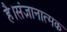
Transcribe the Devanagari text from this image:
है।संज्ञानात्मक